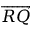
\overrightarrow { R Q }